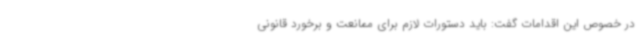
در خصوص این اقدامات گفت: باید دستورات لازم برای ممانعت و برخورد قانونی